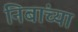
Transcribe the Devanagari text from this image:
निबांच्या